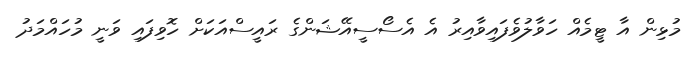
މުޅިން އާ ޓީމެއް ހަވާލުވެފައިވާއިރު އެ އެސޯސީއޭޝަންގެ ރައީސްއަކަށް ހޮވިފައި ވަނީ މުހައްމަދު